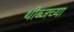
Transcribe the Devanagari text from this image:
थीब्जच्या